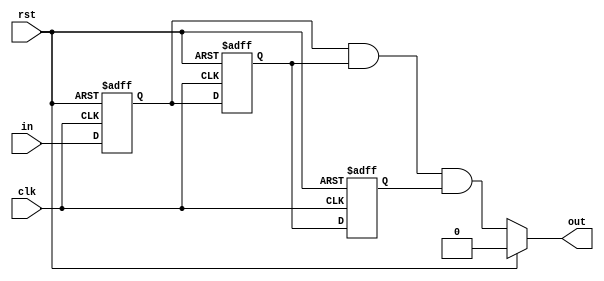
`timescale 1ns / 1ps
//////////////////////////////////////////////////////////////////////////////////
// Company: 
// Engineer: 
// 
// Design Name: 
// Module Name: Debouncer
// Project Name: 
// Target Devices: 
// Tool Versions: 
// Description: 
// 
// Dependencies: 
// 
// Revision:
// Revision 0.01 - File Created
// Additional Comments:
// 
//////////////////////////////////////////////////////////////////////////////////


/***********************
*
* Module: Debouncer.v
* Project: Digital Design (Project 2)

          Omar Saqr/ omar_saqr@aucegypt.edu 
          Ebram Thabet / ebram_raafat@aucegypt.edu 
          
*Description: Module for debouncing an input signal using sequential logic  
************************/

module debouncer(
    input clk,     
    input rst,     
    input in,      
    output out    
);
    reg q1, q2, q3;  
    
    // Sequential logic for debouncing input signal
    always @(posedge clk, posedge rst) begin
        if (rst == 1'b1) begin
            // Reset registers to 0 during reset
            q1 <= 0;
            q2 <= 0;
            q3 <= 0;
        end
        else begin
            // Shift input signal through registers
            q1 <= in;
            q2 <= q1;
            q3 <= q2;
        end
    end
    
    // Output is debounced output signal, reset to 0 during reset
    assign out = (rst) ? 0 : (q1 & q2 & q3);

endmodule